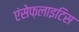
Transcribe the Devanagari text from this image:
एंसेफ़लाइटिस